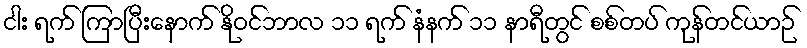
ငါး ရက် ကြာပြီးနောက် နိုဝင်ဘာလ ၁၁ ရက် နံနက် ၁၁ နာရီတွင် စစ်တပ် ကုန်တင်ယာဉ်